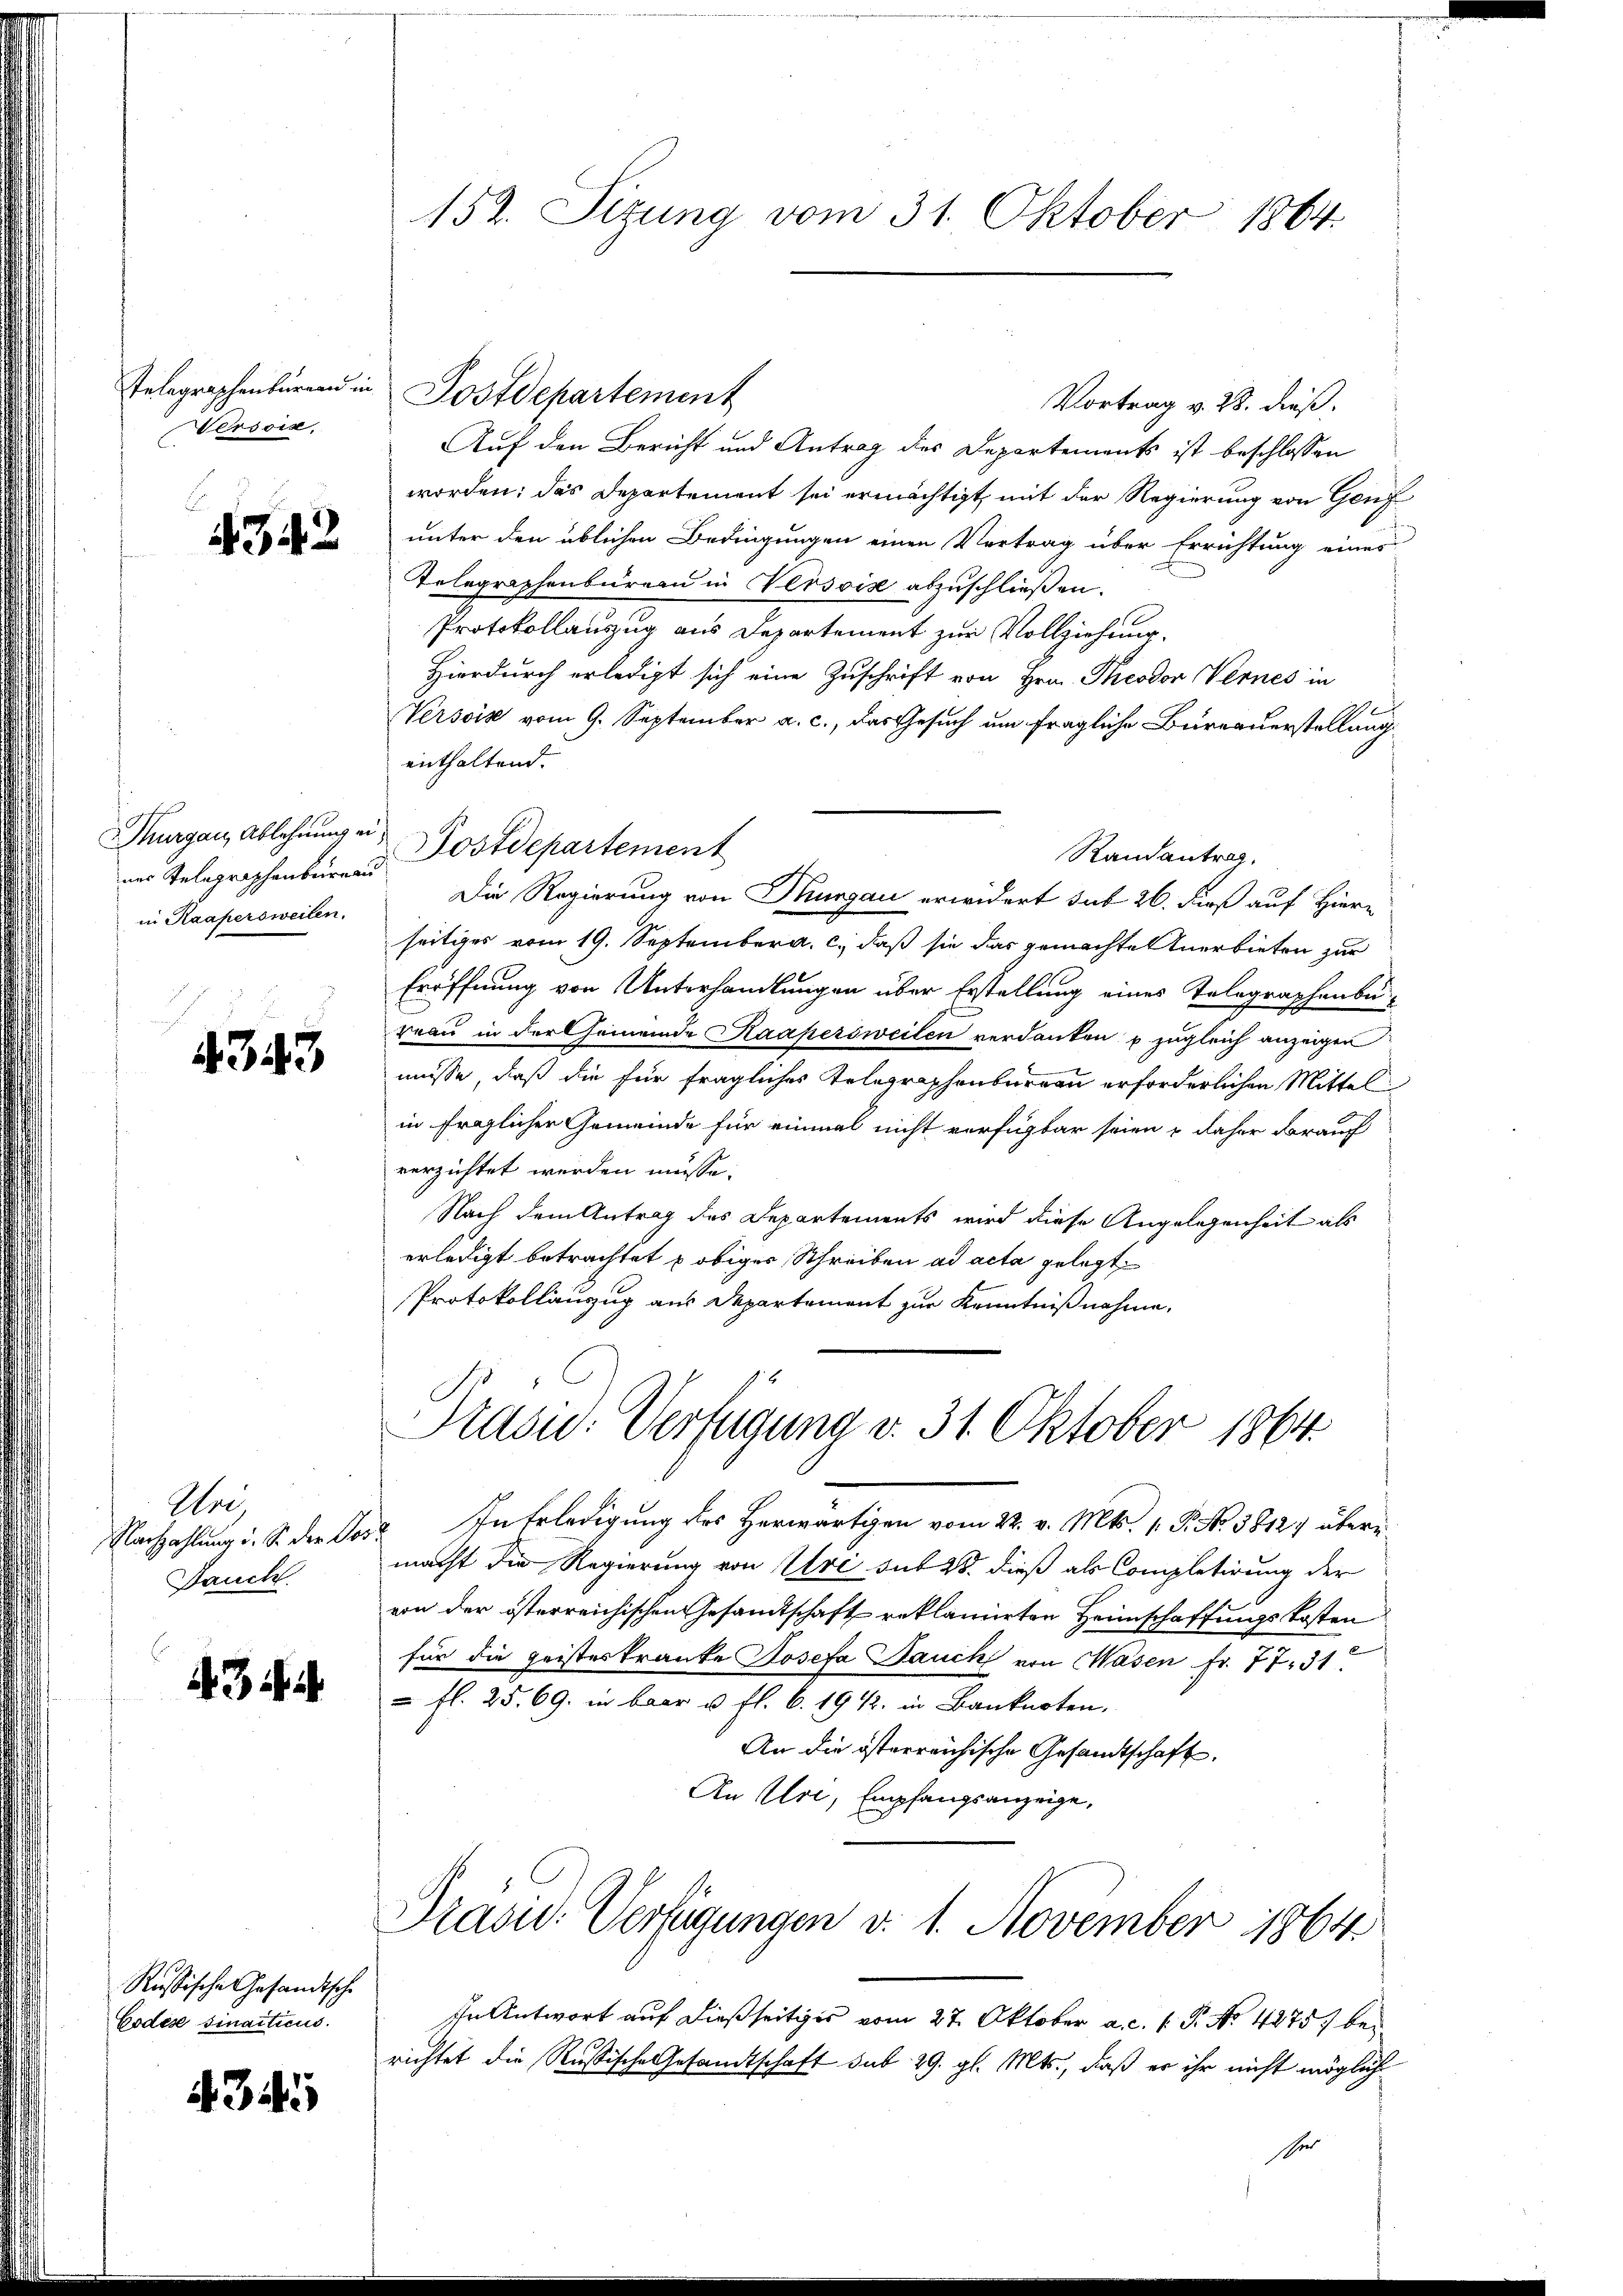
Telegraphenbureau in
ersoin,

4342

Thurgau, Ablehnung ei
nes Telegraphenbureau
in Kaapersweilen.

4343

Wie
Nachzahlung d. S. der Pos
Dauch.

43

Russische Gesandtsche
Codés sinacticus.

434

152. Sizung vom 31. Oktober 1864.

Postdepartement
Vortrag v. 28. dieß.
Auf den Bericht und Antrag des Departements ist beschlossen
worden; das Departement sei ermächtigt, mit der Regierung von Genf
unter den üblichen Bedingungen einen Vertrag über Errichtung eines
Telegraphenbüreau in Versois abzuschließen.
Protokollanzug aus Departement zur Vollziehung.
Hierdurch erledigt sich eine Zuschrift von Hrn. Theodor Vernes in
Versis vom 9. September a. c., das Gesuch um fragliche Büreauerstellung
enthaltend.
Postdepartement
Randantrag,
Die Regierung von Thurgau erwidert sub 26. Fuß auf Hiern
seitiges vom 19. September a. c., daß sie das gemachte Anerbieten zur
Eröffnung von Unterhandlungen über Erstellung eines Telegraphenbureau in der hemmeinde Kaapersweilen verdanken, u. zugleich anzeigen
müsse, daß die für fragliches Telegraphenbureau erforderlichen Mittel
in fraglicher Gemeinde für einmal nicht verfügbar seien & daher darauf
verzichtet werden müsse.
Nach dem Antrag des Departements wird diese Angelegenheit als
erledigt betrachtet u obiger Schreiben ad acta gelegt.
Protokollauszug aus Departement zur Kenntnißnahme,
Präsid.: Verfügung v. 31. Oktober 1864.
 In Erledigung des Herwärtigen vom 22. v. Mts. 1. P. No 38127 übermacht die Regierung von Uri sub 28. dieß als Completirung der
von der österreichischen Gesamtschaft reklamirten Heimschaffungskosten
für die geisteskranke Josefa Bauch von Wasen fr. 77. 31
 fl. 25. 69. in baar u. fl. 6. 19 1/2. in Banknoten,
An die österreichische Gesandtschaft.
An Uri, Empfangsanzeige,

Präsid.. Verfügungen d. 1. November 1864

In Antwort auf dießseitiges vom 27. Oktober a. c. v. P. No 4875. bei
richtet die Russische Gesandtschaft sub 29. gl. Mts., daß er ihr nicht möglich
set